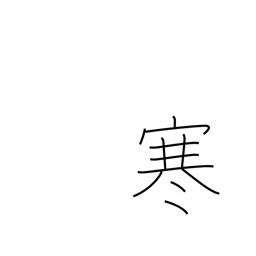
Meaning: cold